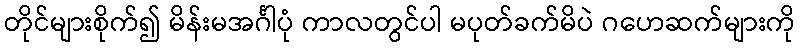
တိုင်များစိုက်၍ မိန်းမအင်္ဂါပုံ ကာလတွင်ပါ မပုတ်ခက်မိပဲ ဂဟေဆက်များကို